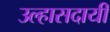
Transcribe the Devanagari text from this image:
उल्हासदायी